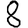
Digit: 8